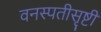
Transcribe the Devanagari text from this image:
वनस्पतीसृष्टी